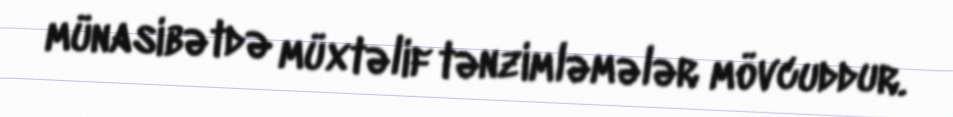
münasibətdə müxtəlif tənzimləmələr mövcuddur.